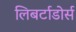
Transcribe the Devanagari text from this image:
लिबर्टाडोर्स